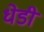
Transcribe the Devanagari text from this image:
धेडी